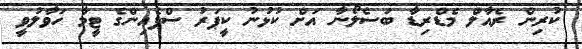
ކުރިން ރެއާލް މެޑްރިޑާ ބަސެލޯނާ އަށް ކުޅުނު ކީޕަރު ސްޕެއިންގެ ޓީމާ ހަވާލުވީ